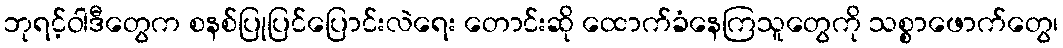
ဘုရင့်ဝါဒီတွေက စနစ်ပြုပြင်ပြောင်းလဲရေး တောင်းဆို ထောက်ခံနေကြသူတွေကို သစ္စာဖောက်တွေ၊